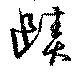
賾